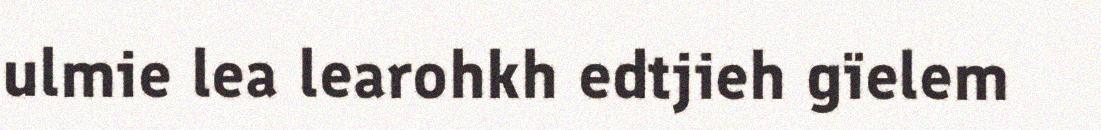
ulmie lea learohkh edtjieh gïelem